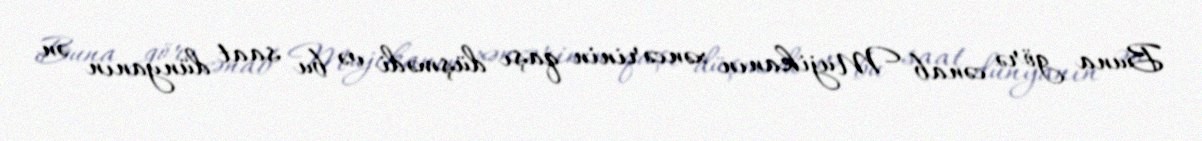
Buna görə cənab Mujikanın xəncərinin qaşı düşmədi və bu saat dünyanın ən